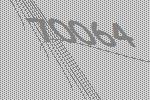
70064